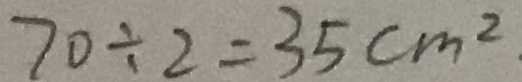
7 0 \div 2 = 3 5 c m ^ { 2 }